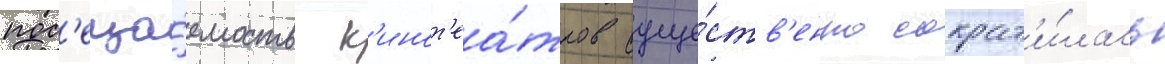
пос'еща́емость к'инот'еа́тров суще́ств'енно сократ'и́лась